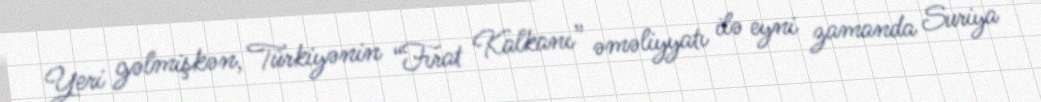
Yeri gəlmişkən, Türkiyənin “Fırat Kalkanı” əməliyyatı ilə eyni zamanda Suriya